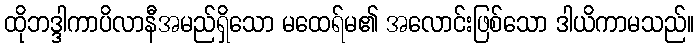
ထိုဘဒ္ဒါကာပိလာနီအမည်ရှိသော မထေရ်မ၏ အလောင်းဖြစ်သော ဒါယိကာမသည်။